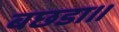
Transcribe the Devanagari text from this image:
बछडा।।